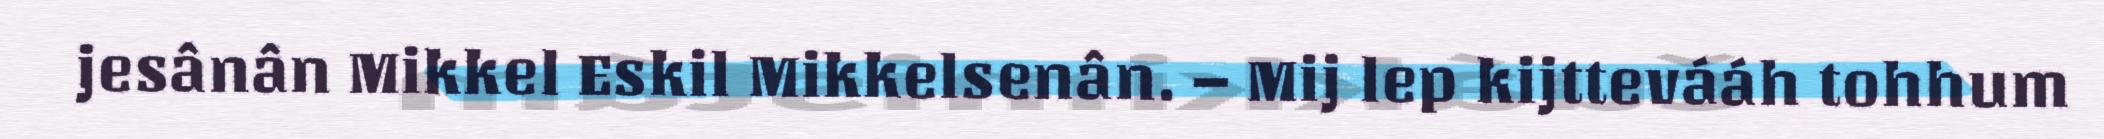
jesânân Mikkel Eskil Mikkelsenân. – Mij lep kijttevááh tohhum